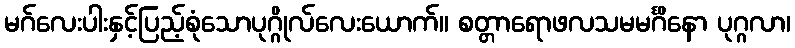
မဂ်လေးပါးနှင့်ပြည့်စုံသောပုဂ္ဂိုလ်လေးယောက်။ စတ္တာရောဖလသမမင်္ဂိနော ပုဂ္ဂလာ၊